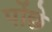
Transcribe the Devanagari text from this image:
पोंछे